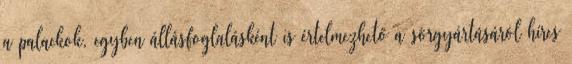
a palackok, egyben állásfoglalásként is értelmezhető a sörgyártásáról híres